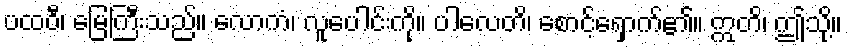
ပထဝီ၊ မြေကြီးသည်။ လောကံ၊ လူပေါင်းကို။ ပါလေတိ၊ စောင့်ရှောက်၏။ ဣတိ၊ ဤသို့။